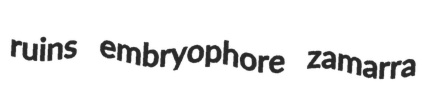
ruins embryophore zamarra